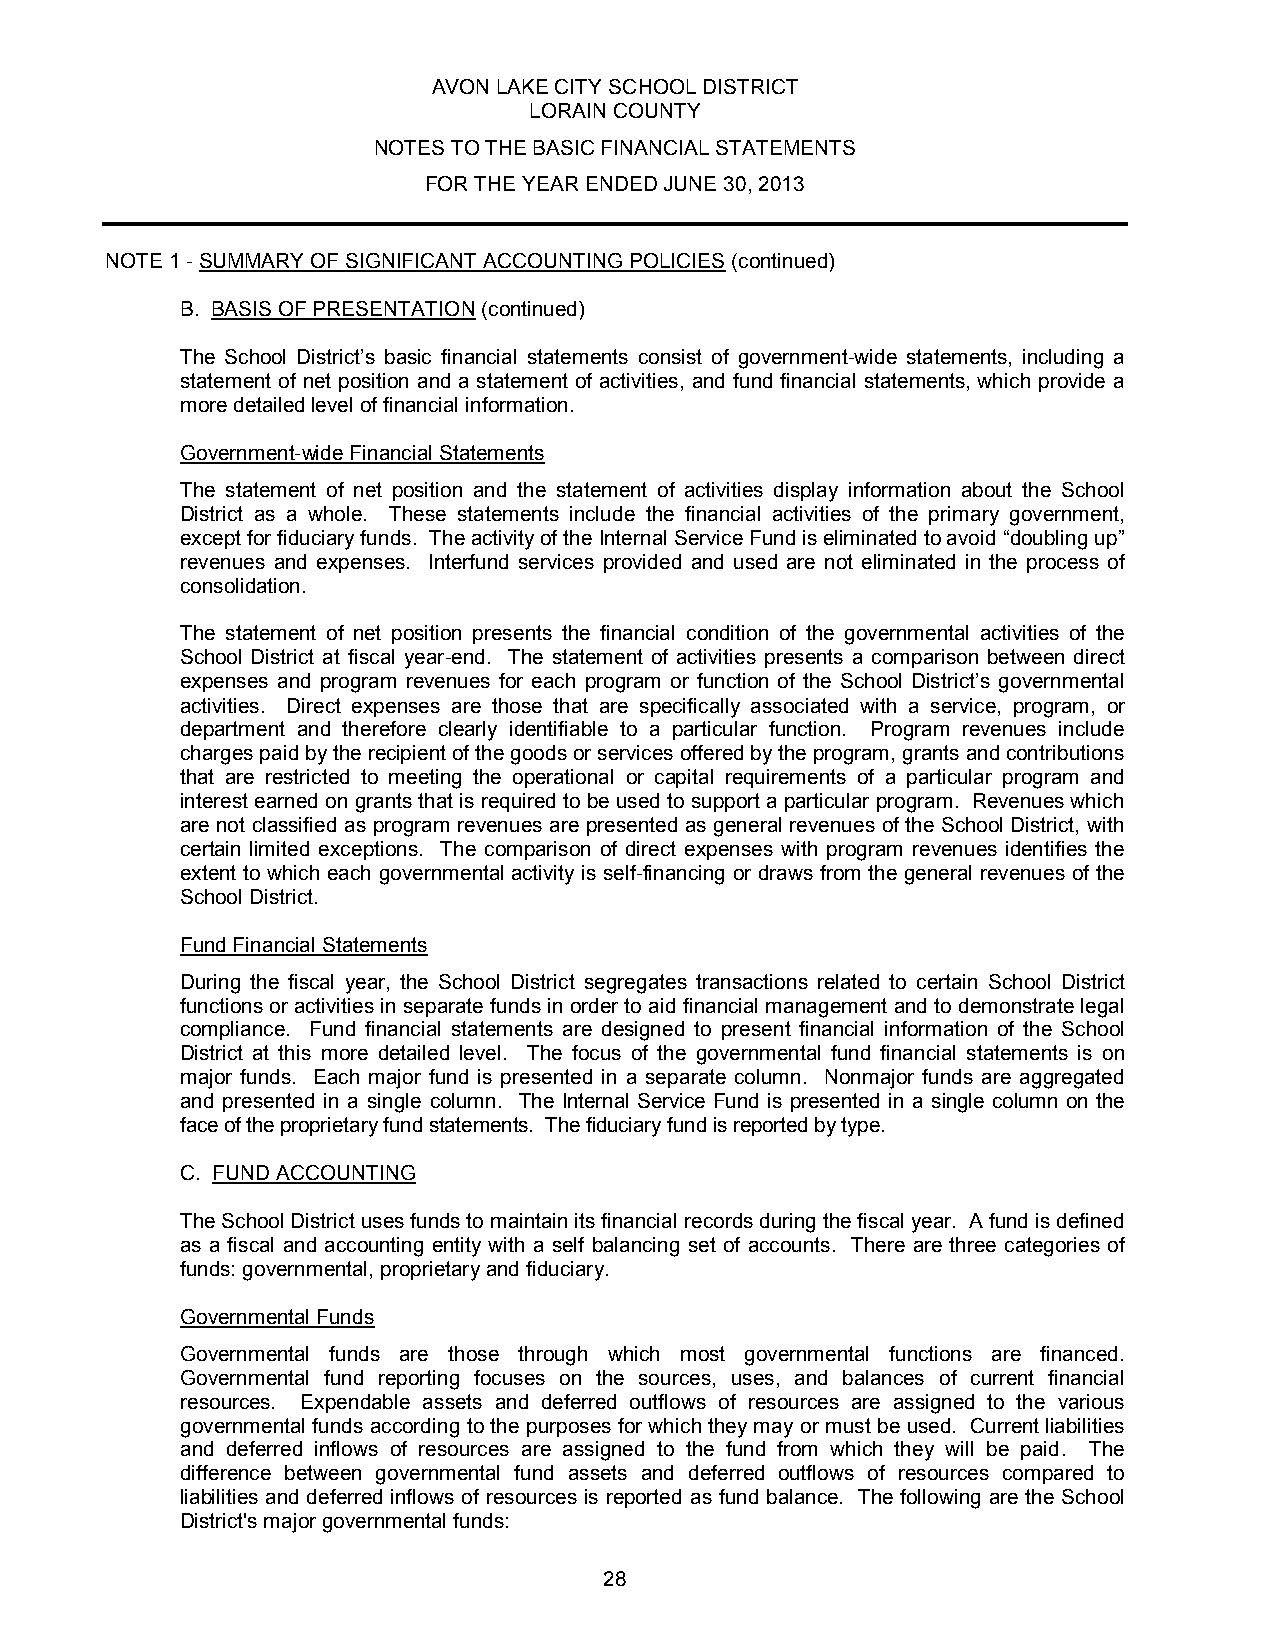
AVON LAKE CITY SCHOOL DISTRICT
 LORAIN COUNTY
 NOTES TO THE BASIC FINANCIAL STATEMENTS
 FOR THE YEAR ENDED JUNE 30, 2013
 NOTE 1 - SUMMARY OF SIGNIFICANT ACCOUNTING POLICIES (continued)
 B. BASIS OF PRESENTATION (continued)
 The School District’s basic financial statements consist of government-wide statements, including a
 statement of net position and a statement of activities, and fund financial statements, which provide a
 more detailed level of financial information.
 Government-wide Financial Statements
 The statement of net position and the statement of activities display information about the School
 District as a whole. These statements include the financial activities of the primary government,
 except for fiduciary funds. The activity of the Internal Service Fund is eliminated to avoid “doubling up”
 revenues and expenses. Interfund services provided and used are not eliminated in the process of
 consolidation.
 The statement of net position presents the financial condition of the governmental activities of the
 School District at fiscal year-end. The statement of activities presents a comparison between direct
 expenses and program revenues for each program or function of the School District’s governmental
 activities. Direct expenses are those that are specifically associated with a service, program, or
 department and therefore clearly identifiable to a particular function. Program revenues include
 charges paid by the recipient of the goods or services offered by the program, grants and contributions
 that are restricted to meeting the operational or capital requirements of a particular program and
 interest earned on grants that is required to be used to support a particular program. Revenues which
 are not classified as program revenues are presented as general revenues of the School District, with
 certain limited exceptions. The comparison of direct expenses with program revenues identifies the
 extent to which each governmental activity is self-financing or draws from the general revenues of the
 School District.
 Fund Financial Statements
 During the fiscal year, the School District segregates transactions related to certain School District
 functions or activities in separate funds in order to aid financial management and to demonstrate legal
 compliance. Fund financial statements are designed to present financial information of the School
 District at this more detailed level. The focus of the governmental fund financial statements is on
 major funds. Each major fund is presented in a separate column. Nonmajor funds are aggregated
 and presented in a single column. The Internal Service Fund is presented in a single column on the
 face of the proprietary fund statements. The fiduciary fund is reported by type.
 C. FUND ACCOUNTING
 The School District uses funds to maintain its financial records during the fiscal year. A fund is defined
 as a fiscal and accounting entity with a self balancing set of accounts. There are three categories of
 funds: governmental, proprietary and fiduciary.
 Governmental Funds
 Governmental funds are those through which most governmental functions are financed.
 Governmental fund reporting focuses on the sources, uses, and balances of current financial
 resources. Expendable assets and deferred outflows of resources are assigned to the various
 governmental funds according to the purposes for which they may or must be used. Current liabilities
 and deferred inflows of resources are assigned to the fund from which they will be paid. The
 difference between governmental fund assets and deferred outflows of resources compared to
 liabilities and deferred inflows of resources is reported as fund balance. The following are the School
 District's major governmental funds:
 28